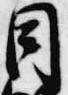
目